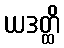
ယဒတ္ထိ